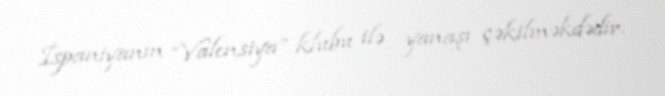
İspaniyanın “Valensiya” klubu ilə yanaşı çəkilməkdədir.